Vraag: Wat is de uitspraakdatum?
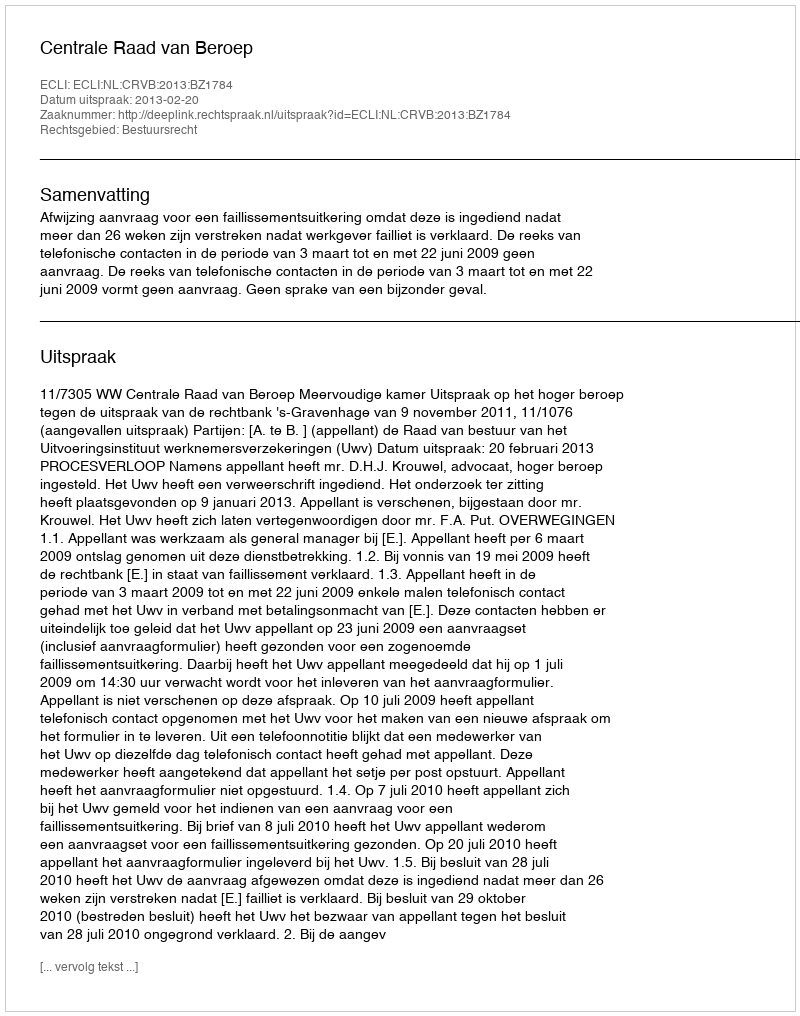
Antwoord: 2013-02-20